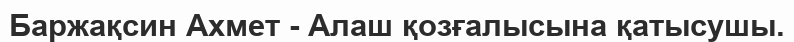
Баржақсин Ахмет - Алаш қозғалысына қатысушы.